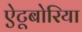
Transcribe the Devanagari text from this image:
ऐटूबोरिया